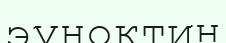
эуноктин